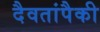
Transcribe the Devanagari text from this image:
दैवतांपैकी